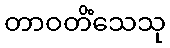
တာဝတိံသေသု